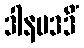
ဒါနမဒဒိံ